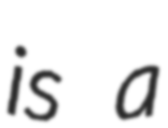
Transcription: is a